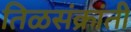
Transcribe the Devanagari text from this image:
तिळसंक्रांती